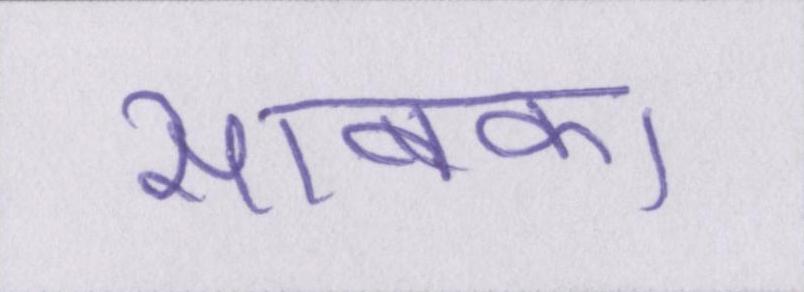
साबका